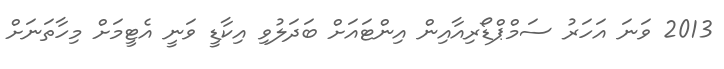
2013 ވަނަ އަހަރު ސަމްޕްޑޯރިއާއިން އިންޓައަށް ބަދަލުވި އިކާޑީ ވަނީ އެޓީމަށް މިހާތަނަށް